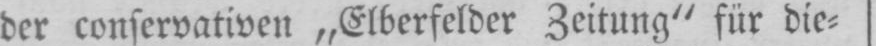
der conservativen „Elberfelder Zeitung“ für die⸗